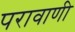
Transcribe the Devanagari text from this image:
परावाणी